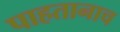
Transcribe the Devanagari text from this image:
पाहतानाच